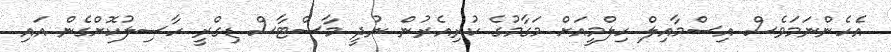
އެހެންނަމަވެސް އިސްމާއިލް ހިލްމީއަށް މަގާމުގެ ކުރިއެރުން ނުދީ މާސްޓާސް ޑިގްރީ ހާސިލުކޮށްގެން އައި